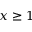
x \geq 1